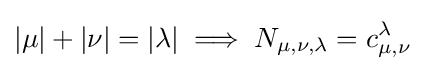
|\mu |+|\nu |=|\lambda |\implies N_{\mu ,\nu ,\lambda }=c_{\mu ,\nu }^{\lambda }